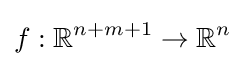
f:\mathbb {R} ^{n+m+1}\to \mathbb {R} ^{n}